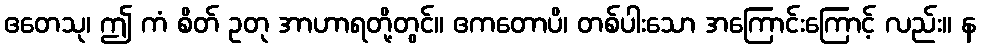
ဧတေသု၊ ဤ ကံ စိတ် ဥတု အာဟာရတို့တွင်။ ဧကတောပိ၊ တစ်ပါးသော အကြောင်းကြောင့် လည်း။ န